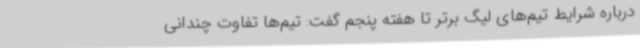
درباره شرایط تیم‌های لیگ برتر تا هفته پنجم گفت: تیم‌ها تفاوت چندانی